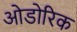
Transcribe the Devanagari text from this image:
ओडोरिक